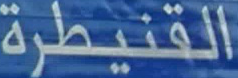
القنيطرة